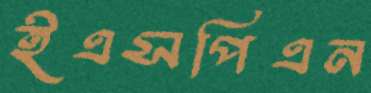
ইএসপিএন